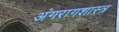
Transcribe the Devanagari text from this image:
अंगरागशास्त्र